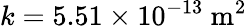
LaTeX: k=5.51\times 10^{-13}\ \mathrm{m^{2}}